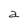
Character: a